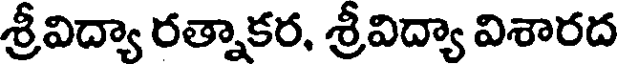
శ్రీవిద్యా రత్నాకర, శ్రీవిద్యా విశారద